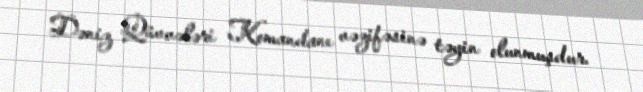
Dəniz Qüvvələri Komandanı vəzifəsinə təyin olunmuşdur.